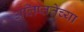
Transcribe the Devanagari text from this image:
अलिप्ततेच्या